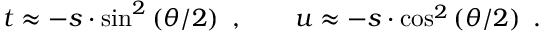
t \approx - s \cdot \sin ^ { 2 } \left( \theta / 2 \right) ~ , ~ ~ ~ ~ ~ ~ u \approx - s \cdot \cos ^ { 2 } \left( \theta / 2 \right) ~ .